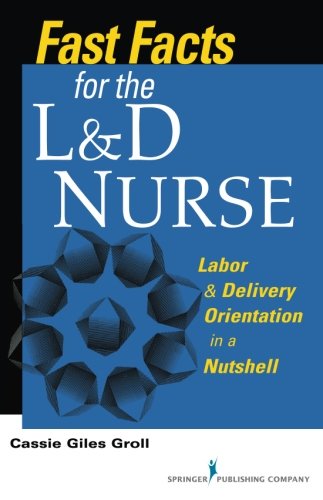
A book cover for Fast Facts for the L & D Nurse: Labor & Delivery Orientation in a Nutshell; Cassie Giles Groll DNP  RN  CNM; Medical Books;